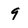
Character: 9